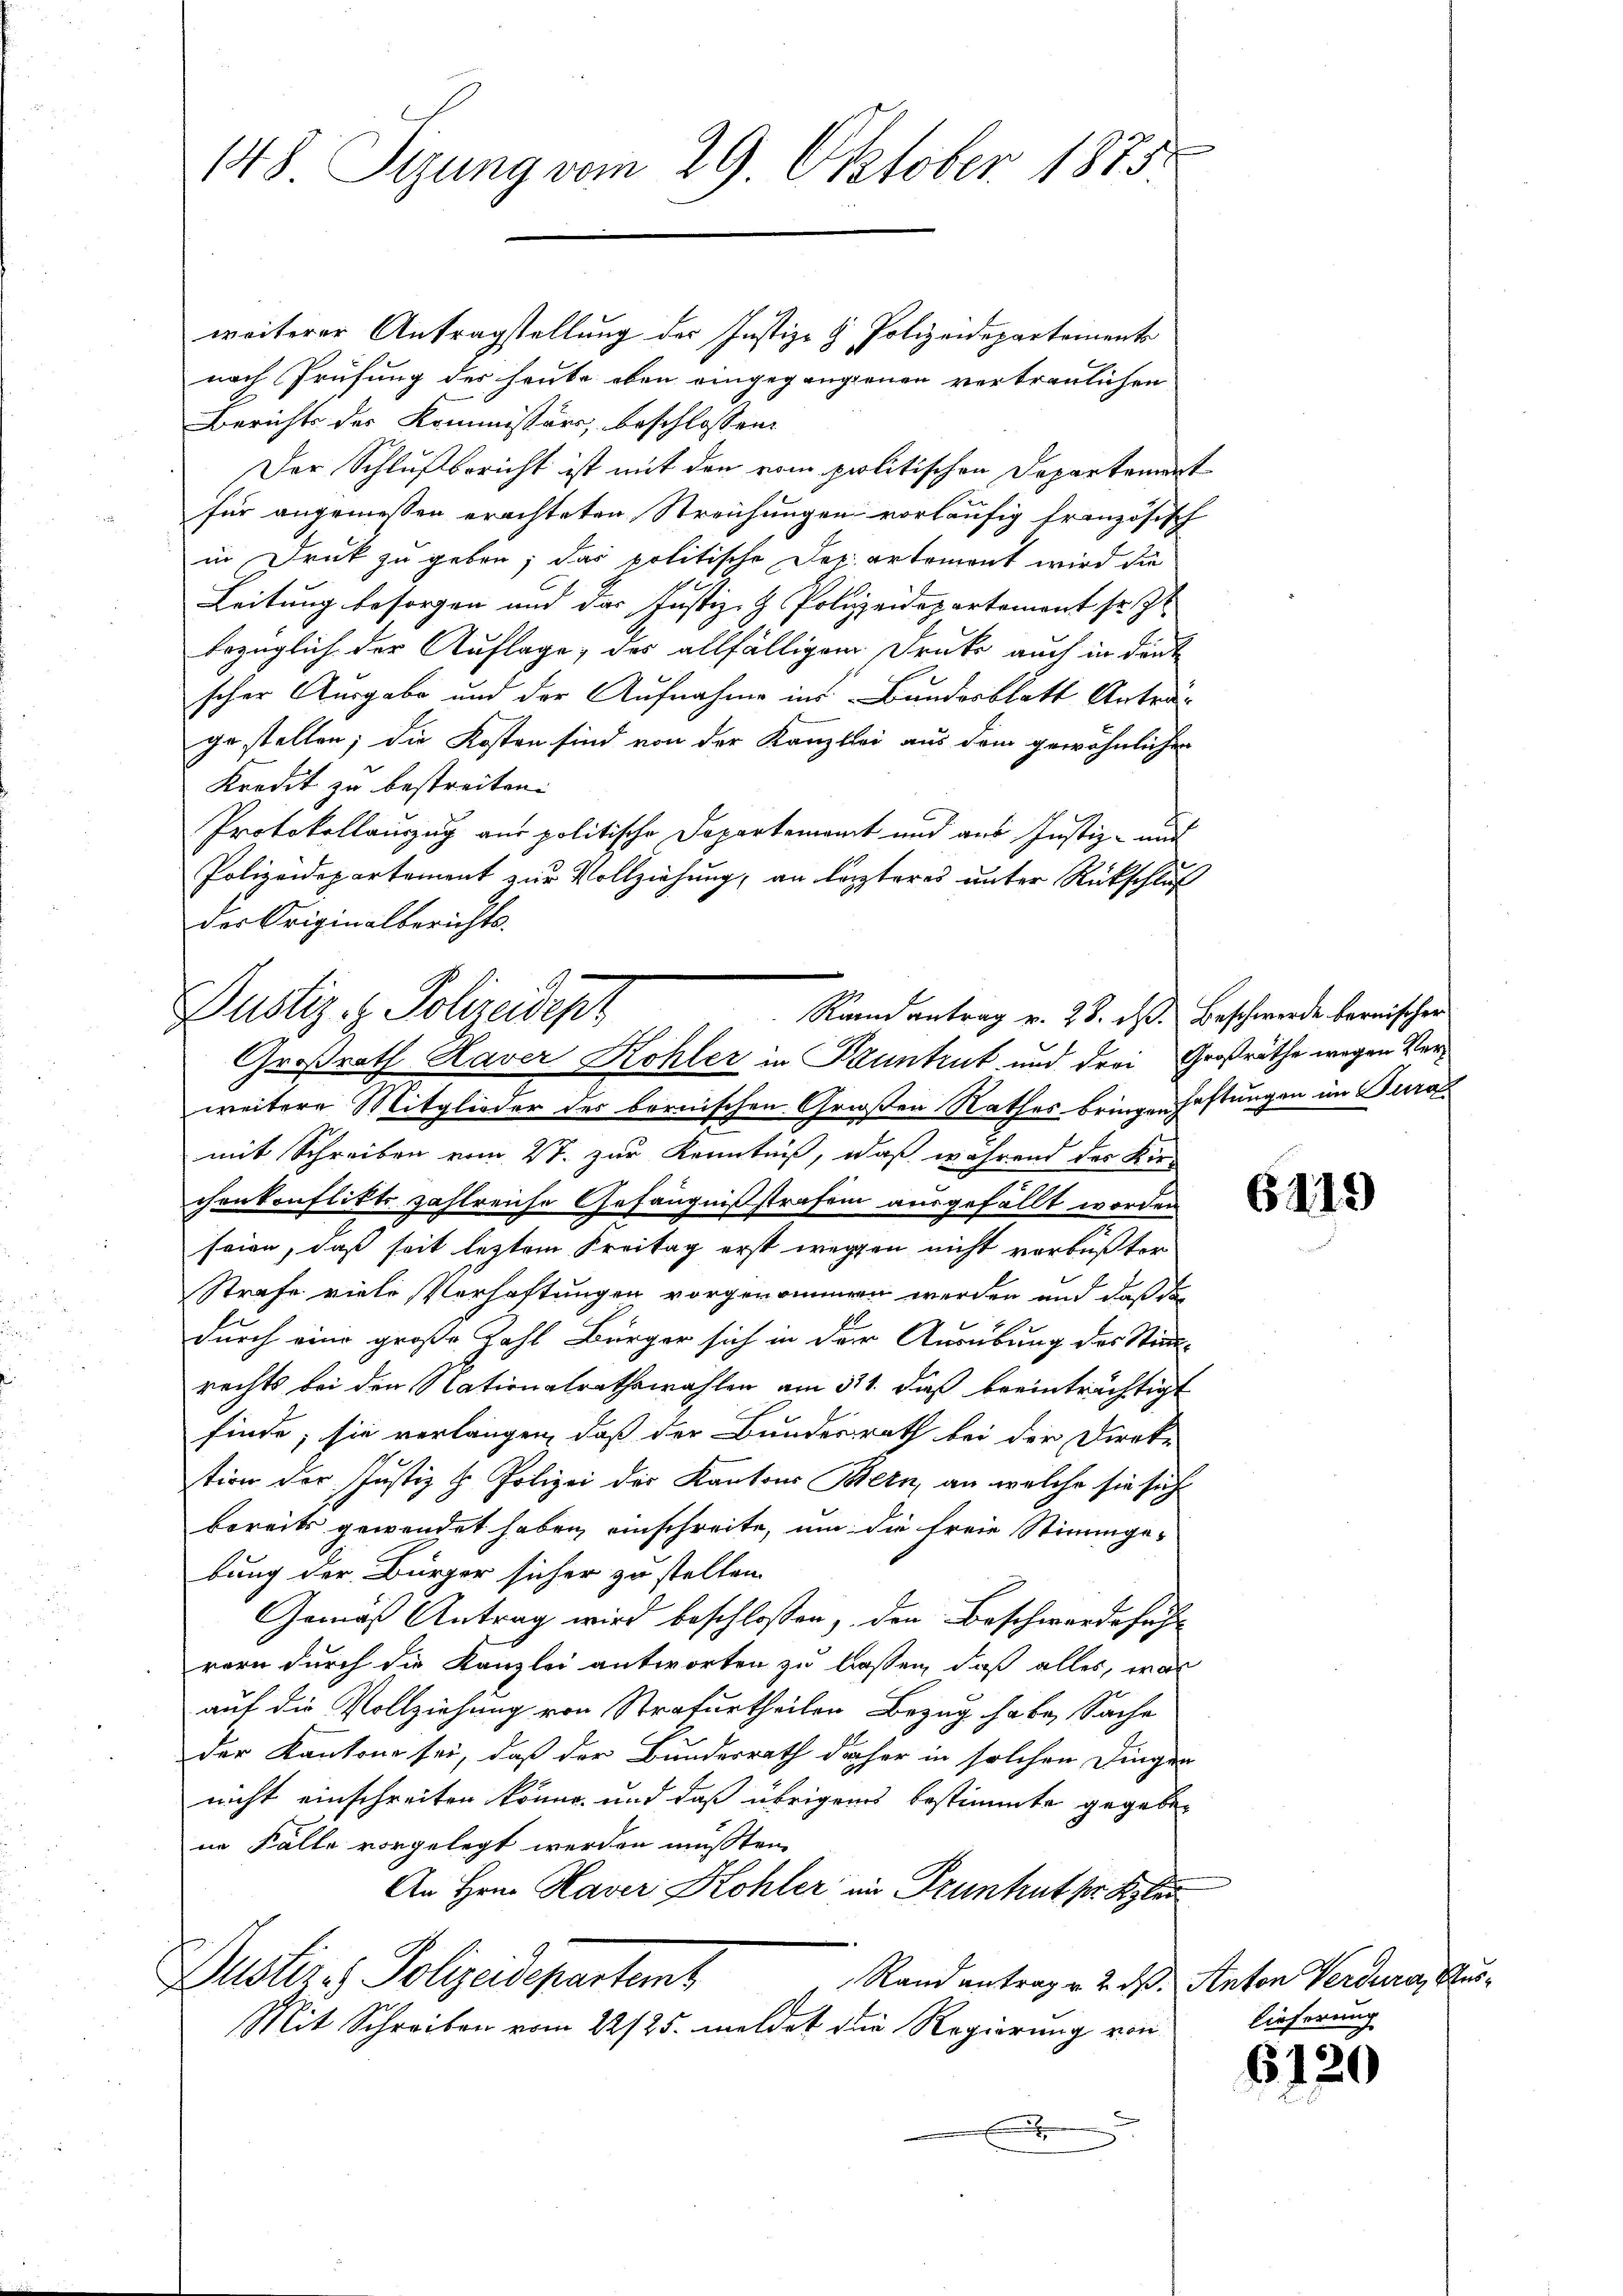
148 Sizung vom 29 Oktober 1875.

weiterer Antragstellung des Justiz- & Polizeidepartement
nach Prüfung des heute eben eingegangenen vertraulichen
Berichts der Kommissärs, beschlossen:
Der Schlußbericht ist mit den vom politischen Departement
für angemessen erachteten Streichungen vorläufig französisch
in Druk zu geben; das politische Departement wird die
Leitung besorgen und das Justiz- & Polizeidepartemont sr. Zt
bezüglich der Auflage, des allfälligem Druke auch in deut
scher Ausgabe und der Aufnahme ins Bundesblatt Anträg
gestellen; die Kosten sind von der Kanzlei aus dem gewöhnlichen
Kredit zu bestreiten.
Protokollauszug aus politische Departement und aus Justiz- und
Polizeidepartement zur Vollziehung, an lezteres unter Rückschluß
der Originalberichts-
weitere Mitglieder der bornischen Großen Rathes bringen Haftungen im Turamit Schreiben vom 2t. zur Kenntniß, daß während des Kir-
chenkonflikte zahlreiche Gefängnißstrafen ausgefällt worden
seien, daß seit letztem Kreitag erst wegen nicht verbußter
Strafe viele Verhaftungen vorgenommen werden und daß da
durch eine große Zahl Bürger sich in der Ausübung des Stimm-
rechts bei den Nationalrathswahlen am 311. daß beeinträchtigt
finde; sie verlangen, daß der Bundesrath bei der Direk-
tion der Justiz & Polizei der Kantons Bern, an welche sie sich
bereits gewendet haben einschreite, um die freie Stimmge-
bung der Bürger sicher zu stellen.
Gemäß Antrag wird beschlossen, den Beschwerde such
rern durch die Kanzlei antworten zu lassen, daß alles, was
auf die Vollziehung von Strafurtheilen Bezug habe, Sache
der Kantone sei, daß der Bundesrath daher in solchen Dingen
nicht einschreiten könne, und daß übrigens bestimmte gegeben
in Fälle vorgelegt werden mußten.
An Hrn. Haver Kohler im Truntrut der Klei
Dustiz & Polizeidepartemt
Rand antrage 2. ds. Anton Verdura, Aus
Mit Schreiben vom 22/25. meldet die Regierung von

Justiz- & Polizeident
Randantrag v. 28. d. Beschwerde bernischen
Großrath Raver Kohler in Pauntrut und drei Großräthe wegen Ver¬

6119

lieferung

6120

u